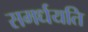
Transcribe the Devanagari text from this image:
समर्धयति